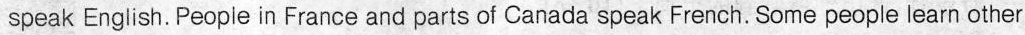
speak English. People in France and parts of Canada speak French. Some people learn other